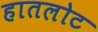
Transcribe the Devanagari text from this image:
हातलोट